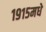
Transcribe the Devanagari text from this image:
१९१५मधे